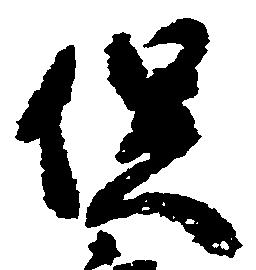
俣